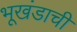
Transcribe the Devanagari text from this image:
भूखंडाची